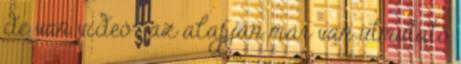
de van videó , az alapján már van útmutató